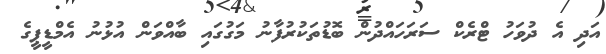
އަދި އެ ދުވަހު ޓްރެކް ސަރަހައްދުން ބޮޑުތަކުރުފާނު މަގުގައި ބާއްވަން އުޅުނު އެމްޑީޕީގެ